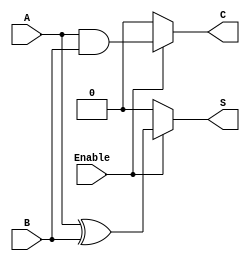
module Conditional_Half_Adder (
    input wire A,        // Single-bit input A
    input wire B,        // Single-bit input B
    input wire Enable,   // Control signal to enable addition
    output wire S,       // Sum output
    output wire C        // Carry output
);

    // Conditional logic for Sum and Carry
    assign S = Enable ? (A ^ B) : 1'b0; // Sum is A XOR B when Enable is high, else 0
    assign C = Enable ? (A & B) : 1'b0; // Carry is A AND B when Enable is high, else 0

endmodule